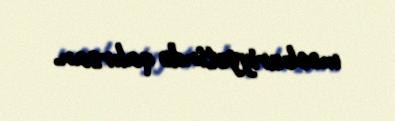
məcburiyyətində qalırsan.